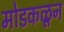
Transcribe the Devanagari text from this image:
मोडकळून